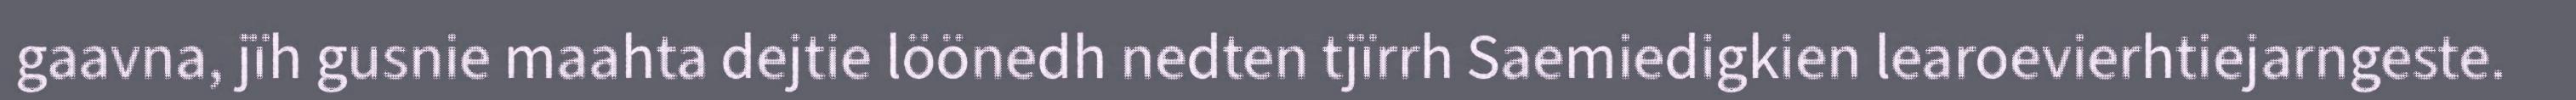
gaavna, jïh gusnie maahta dejtie löönedh nedten tjïrrh Saemiedigkien learoevierhtiejarngeste.